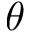
{ \boldsymbol \theta }